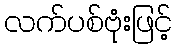
လက်ပစ်ဗုံးဖြင့်